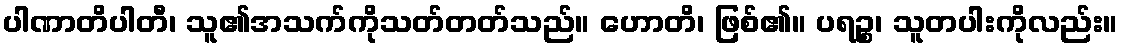
ပါဏာတိပါတီ၊ သူ၏အသက်ကိုသတ်တတ်သည်။ ဟောတိ၊ ဖြစ်၏။ ပရဉ္စ၊ သူတပါးကိုလည်း။